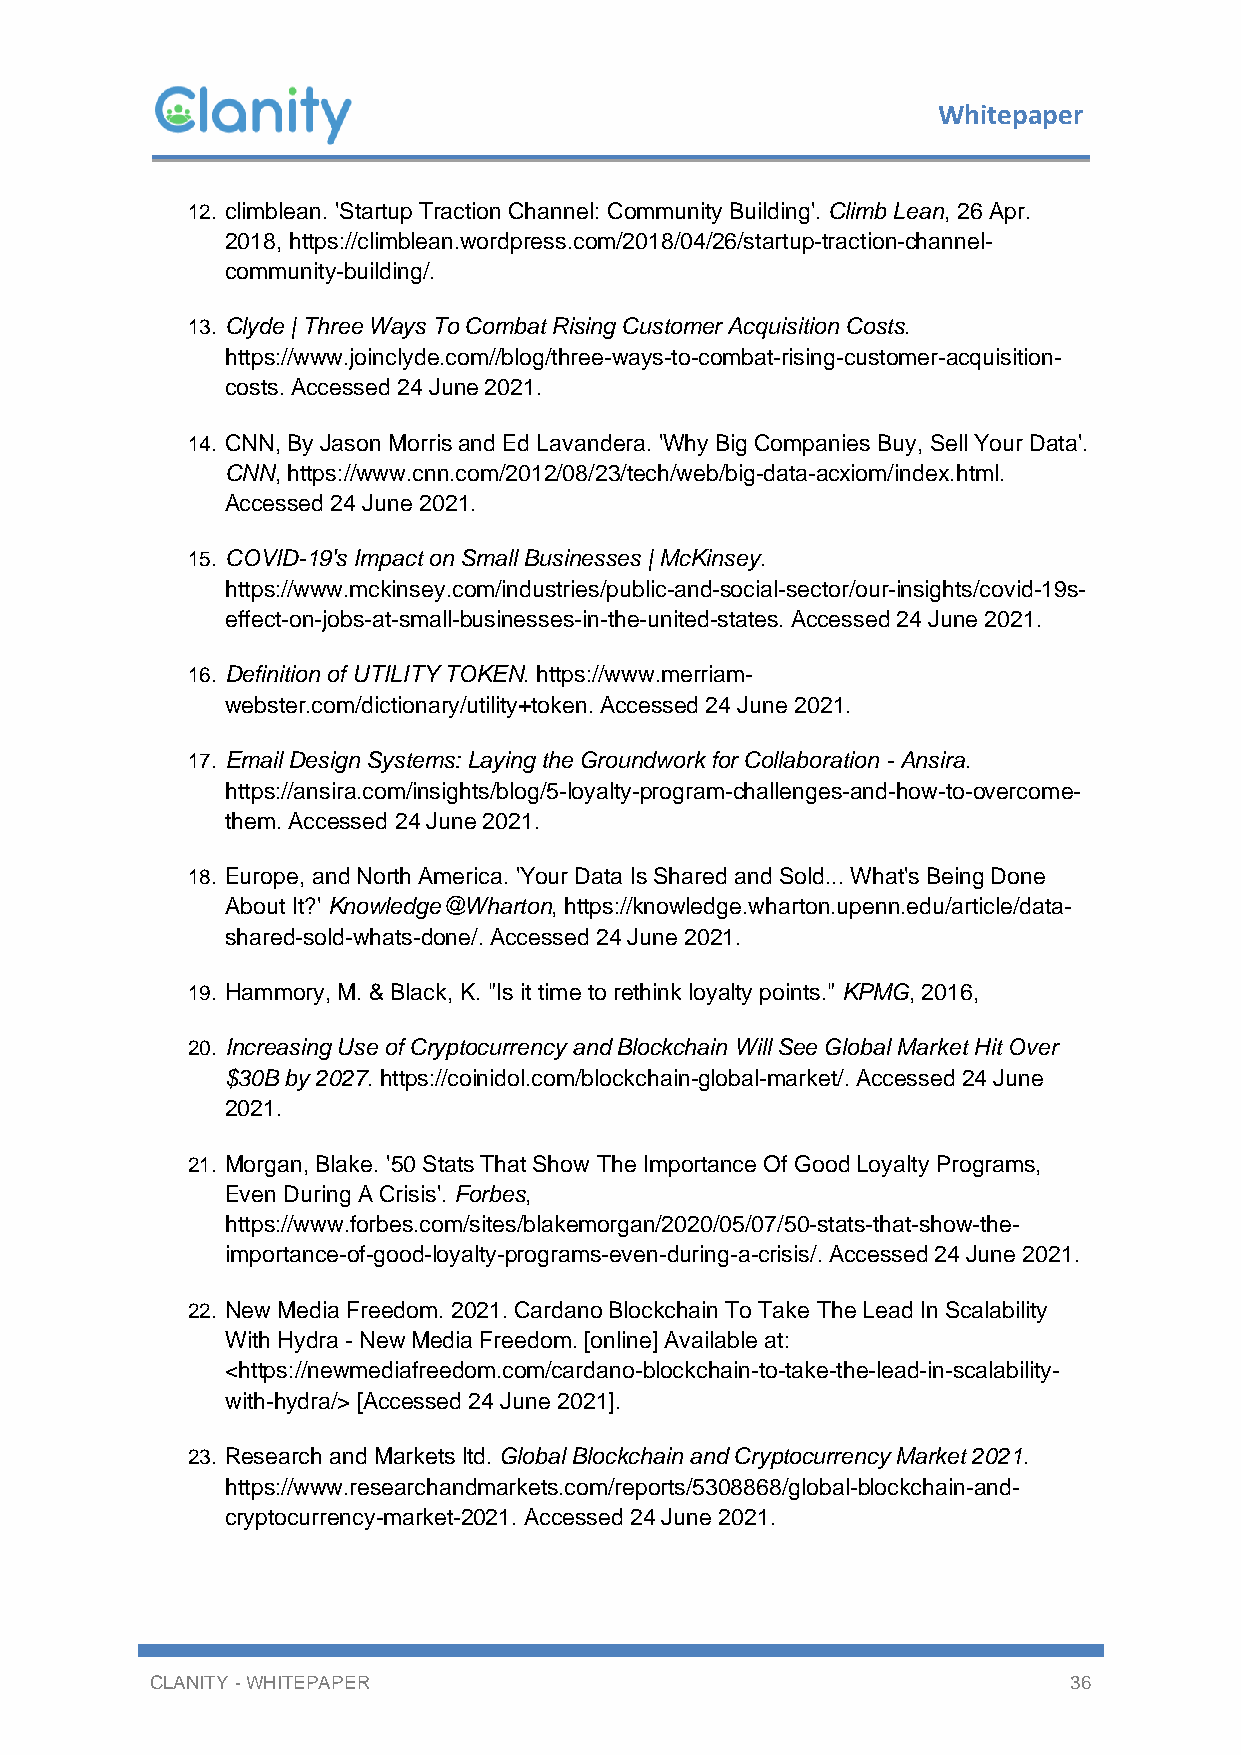
Whitepaper
 12. climblean. 'Startup Traction Channel: Community Building'. Climb Lean, 26 Apr.
 2018, https://climblean.wordpress.com/2018/04/26/startup-traction-channel-
 community-building/.
 13. Clyde | Three Ways To Combat Rising Customer Acquisition Costs.
 https://www.joinclyde.com//blog/three-ways-to-combat-rising-customer-acquisition-
 costs. Accessed 24 June 2021.
 14. CNN, By Jason Morris and Ed Lavandera. 'Why Big Companies Buy, Sell Your Data'.
 CNN, https://www.cnn.com/2012/08/23/tech/web/big-data-acxiom/index.html.
 Accessed 24 June 2021.
 15. COVID-19's Impact on Small Businesses | McKinsey.
 https://www.mckinsey.com/industries/public-and-social-sector/our-insights/covid-19s-
 effect-on-jobs-at-small-businesses-in-the-united-states. Accessed 24 June 2021.
 16. Definition of UTILITY TOKEN. https://www.merriam-
 webster.com/dictionary/utility+token. Accessed 24 June 2021.
 17. Email Design Systems: Laying the Groundwork for Collaboration - Ansira.
 https://ansira.com/insights/blog/5-loyalty-program-challenges-and-how-to-overcome-
 them. Accessed 24 June 2021.
 18. Europe, and North America. 'Your Data Is Shared and Sold... What's Being Done
 About It?' Knowledge@Wharton, https://knowledge.wharton.upenn.edu/article/data-
 shared-sold-whats-done/. Accessed 24 June 2021.
 19. Hammory, M. & Black, K. "Is it time to rethink loyalty points." KPMG, 2016,
 20. Increasing Use of Cryptocurrency and Blockchain Will See Global Market Hit Over
 $30B by 2027. https://coinidol.com/blockchain-global-market/. Accessed 24 June
 2021.
 21. Morgan, Blake. '50 Stats That Show The Importance Of Good Loyalty Programs,
 Even During A Crisis'. Forbes,
 https://www.forbes.com/sites/blakemorgan/2020/05/07/50-stats-that-show-the-
 importance-of-good-loyalty-programs-even-during-a-crisis/. Accessed 24 June 2021.
 22. New Media Freedom. 2021. Cardano Blockchain To Take The Lead In Scalability
 With Hydra - New Media Freedom. [online] Available at:
 <https://newmediafreedom.com/cardano-blockchain-to-take-the-lead-in-scalability-
 with-hydra/> [Accessed 24 June 2021].
 23. Research and Markets ltd. Global Blockchain and Cryptocurrency Market 2021.
 https://www.researchandmarkets.com/reports/5308868/global-blockchain-and-
 cryptocurrency-market-2021. Accessed 24 June 2021.
 CLANITY - WHITEPAPER                                         36